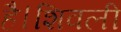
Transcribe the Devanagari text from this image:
है।शिवली